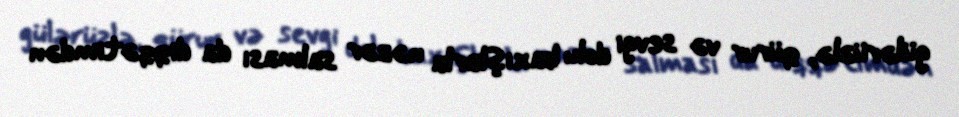
gülərüzlə, qürur və sevgi dolu baxışlarla nəzər salması da diqqətimdən